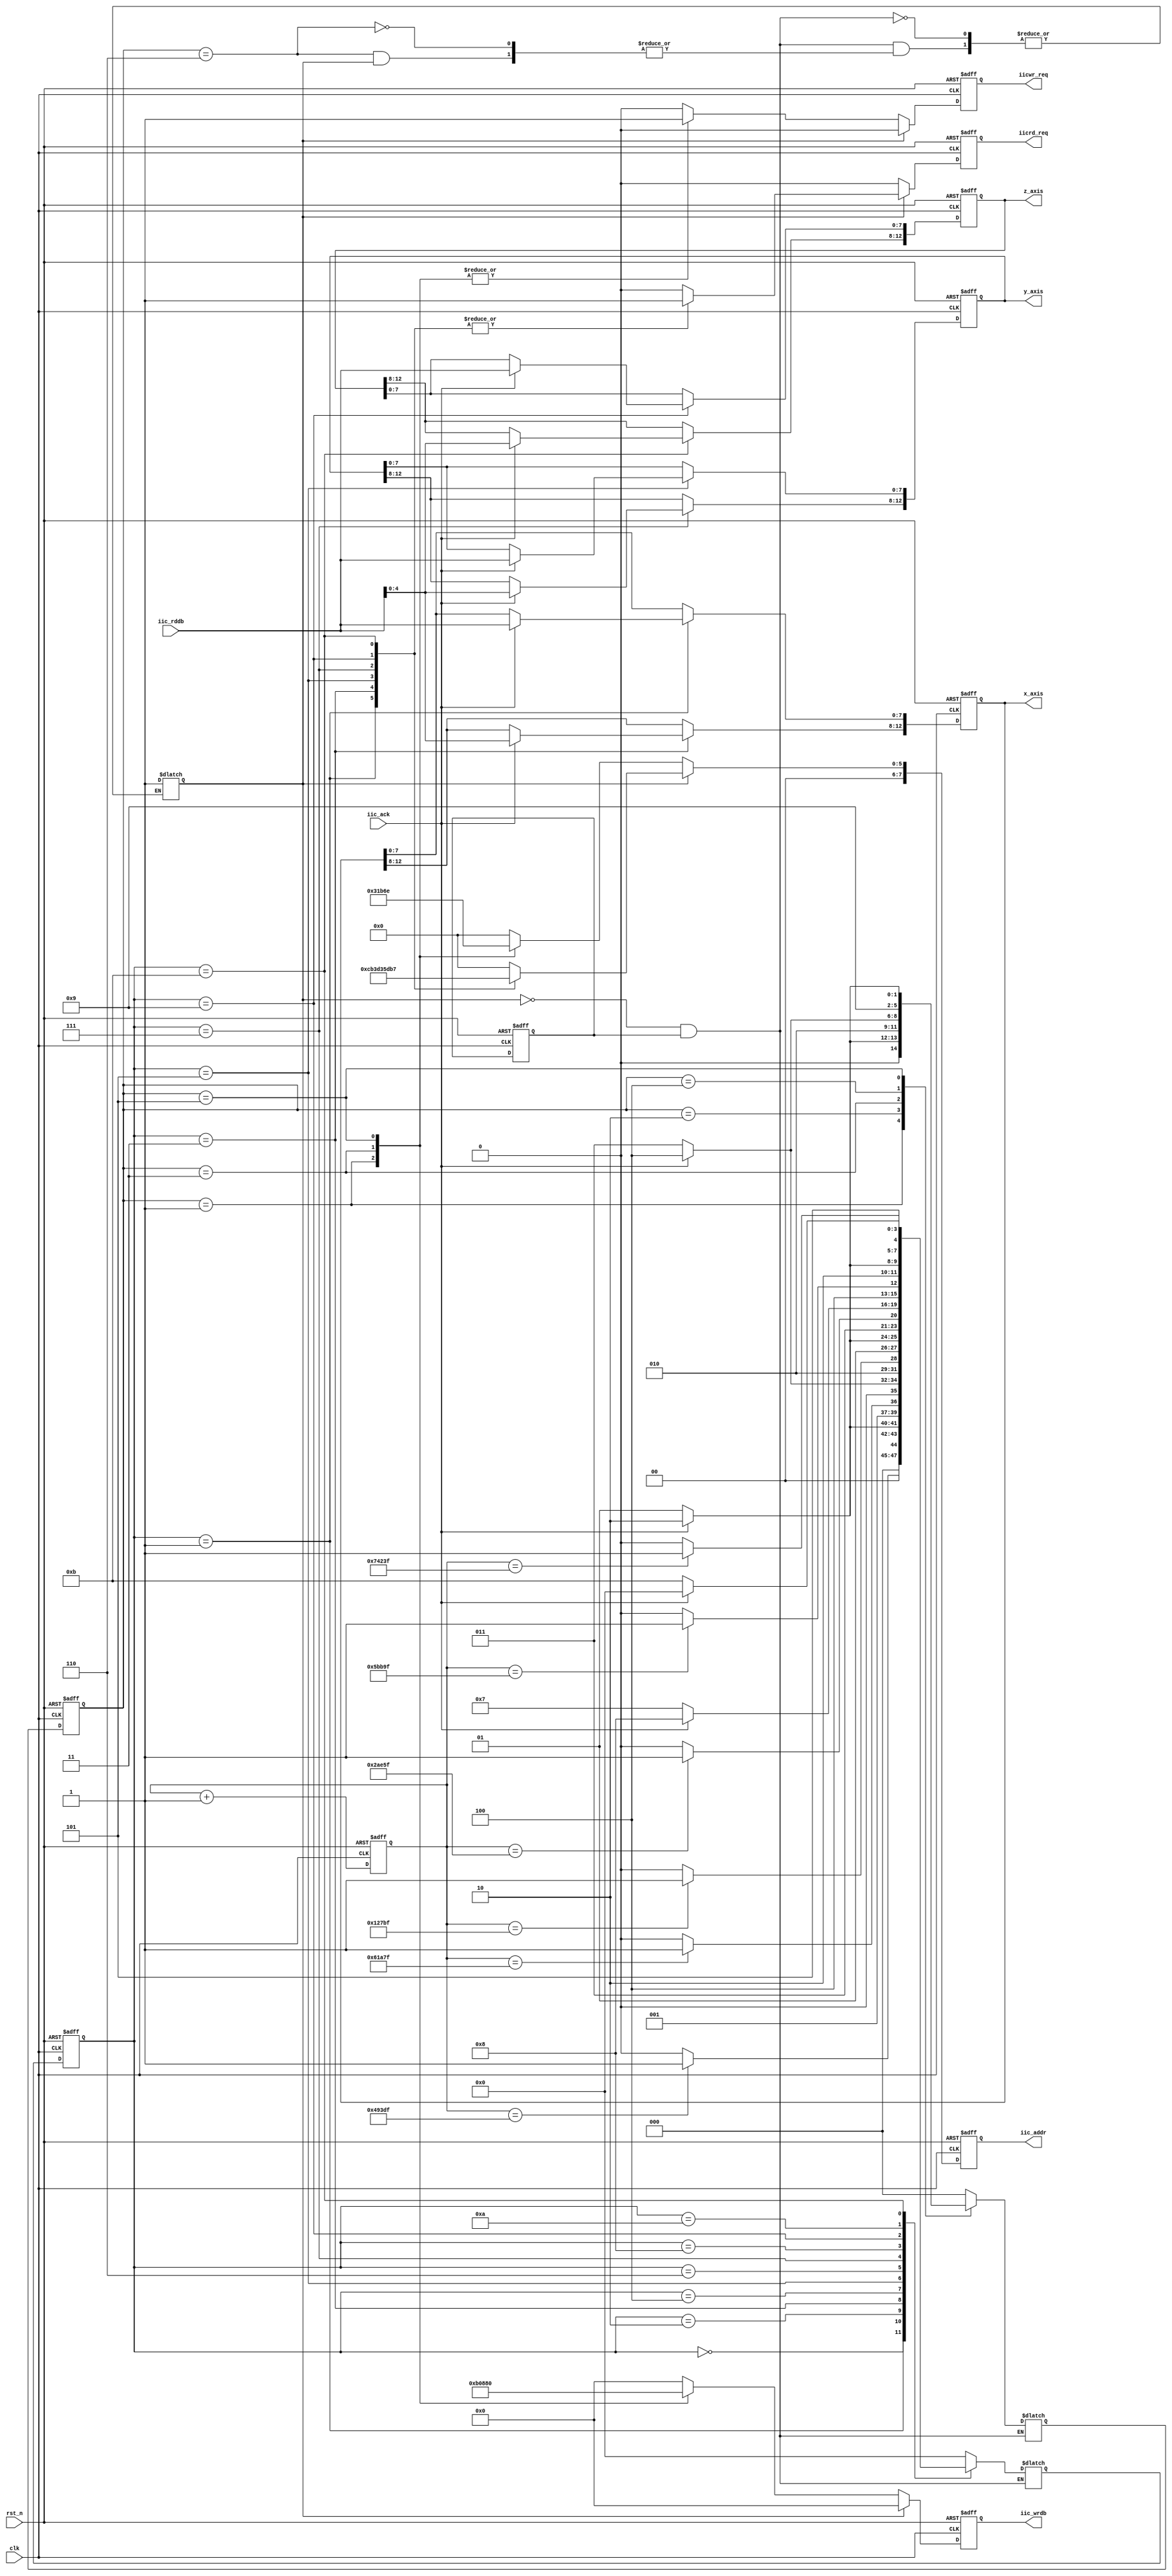
module adxl345_controller(
	input clk,//100Mhz时钟
	input rst_n,
	output reg iicwr_req,
	output reg iicrd_req,
	output reg[7:0] iic_addr,
	output reg[7:0] iic_wrdb,
	input [7:0] iic_rddb,
	input iic_ack,
	output reg[12:0] x_axis,
	output reg[12:0] y_axis,
	output reg[12:0] z_axis
    );

//初始化寄存器和配置数值
parameter DATA_FORMAT_ADDR = 8'h31,
		  DATA_FORMAT_INIT = 8'h0B,
		  POWER_CTL_ADDR = 8'h2D,
		  POWER_CTL_INIT = 8'h08,
		  INT_ENABLE_ADDR = 8'h2E,
		  INT_ENABLE_INIT = 8'h80;

//上电时间计数器1.1ms = 1100us = 1100_000ns = 110_000 * 10ns
reg[15:0] cnt_1100us;
reg load_done;
localparam TIME_1100us = 110000;
assign add_cnt_1100us = 1'b1;
assign end_cnt_1100us = add_cnt_1100us && (cnt_1100us == TIME_1100us - 1);
always @(posedge clk or negedge rst_n) begin
	if(!rst_n) begin
		cnt_1100us <= 16'd0;
		load_done <= 1'b0;
	end
	else if(add_cnt_1100us) begin
		if(end_cnt_1100us) begin
			cnt_1100us <= 16'd0;
			load_done <= 1'b1;
		end
		else begin
			cnt_1100us <= cnt_1100us + 1'b1;
		end
	end
end

reg init_done_r;
/*最小化初始序列，该信号标志初始化是否完成*/
initial begin
	init_done_r <= 1'b0;
end
parameter CIDLE = 3'b000,
		  CWR1 = 3'b001,
		  CWA1 = 3'b010,
		  CWR2 = 3'b011,
		  CWA2 = 3'b100,
		  CWR3 = 3'b101,
		  CSTOP = 3'b110;
reg [2:0] i_cstate;
reg [2:0] i_nstate;

//现态次态切换程序
always @(posedge clk or negedge rst_n) begin
	if(!rst_n) begin
		i_cstate <= CIDLE;
	end
	else begin
		i_cstate <= i_nstate;
	end
end

//每隔约10ms就取一次数据的定时器计数器
//10ms = 10_000us = 10_000_000ns = 1000_000*10ns
reg [18:0] cnt_10ms;
parameter TIME_10ms = 1000_000;
assign add_cnt_10ms = 1'b1;
assign end_cnt_10ms = add_cnt_10ms && cnt_10ms == TIME_10ms - 1;
always @(posedge clk or negedge rst_n) begin
	if(!rst_n) begin
		cnt_10ms <= 19'd0;
	end
	else if(add_cnt_10ms) begin
		if(end_cnt_10ms) begin
			cnt_10ms <= 19'd0;
		end
		else begin
			cnt_10ms <= cnt_10ms + 1'b1;
		end
	end
end

wire [5:0] timer;
//每两次间隔大于1ms
assign timer[0] = (cnt_10ms == 19'd299_999);
assign timer[1] = (cnt_10ms == 19'd399_999);
assign timer[2] = (cnt_10ms == 19'd599_999);
assign timer[3] = (cnt_10ms == 19'd699_999);
assign timer[4] = (cnt_10ms == 19'd899_999);
assign timer[5] = (cnt_10ms == 19'd999_999);

/*MSB高位的4位是符号位，截取到[12:0]即可*/
parameter X_LSB_ADDR = 8'h32,
		  X_MSB_ADDR = 8'h33,
		  Y_LSB_ADDR = 8'h34,
		  Y_MSB_ADDR = 8'h35,
		  Z_LSB_ADDR = 8'h36,
		  Z_MSB_ADDR = 8'h37;

parameter RIDLE = 4'h0,
		  //读X寄存器
		  RRDX0 = 4'h1,
		  RWAX0 = 4'h2,
		  RRDX1 = 4'h3,
		  RWAX1 = 4'h4,
		  //读Y寄存器
		  RRDY0 = 4'h5,
		  RWAY0 = 4'h6,
		  RRDY1 = 4'h7,
		  RWAY1 = 4'h8,
		  //读Z寄存器
		  RRDZ0 = 4'h9,
		  RWAZ0 = 4'hA,
		  RRDZ1 = 4'hB;
reg [3:0] cstate;
reg [3:0] nstate;

//现态次态切换程序
always @(posedge clk or negedge rst_n) begin
	if(!rst_n) begin
		cstate <= RIDLE;
	end
	else begin
		cstate <= nstate;
	end
end

//次态的状态转移程序
always @(cstate or i_cstate or iic_ack or init_done_r or load_done or end_cnt_1100us
		or timer[0] or timer[1] or timer[2] or timer[3] or timer[4] or timer[5]) begin
	//初始化配置，未初始化且上电完成
	if(~init_done_r && load_done) begin
		case(i_cstate)
			CIDLE: begin
				if(end_cnt_1100us) begin
					i_nstate <= CWR1;
				end
				else begin
					i_nstate <= CIDLE;
				end
			end
			CWR1: begin
				if(iic_ack) begin
					i_nstate <= CWA1;
				end
				else begin
					i_nstate <= CWR1;
				end
			end
			CWA1: begin
				if(end_cnt_1100us) begin
					i_nstate <= CWR2;
				end
				else begin
					i_nstate <= CWA1;
				end
			end
			CWR2: begin
				if(iic_ack) begin
					i_nstate <= CWA2;
				end
				else begin
					i_nstate <= CWR2;
				end
			end
			CWA2: begin
				if(end_cnt_1100us) begin
					i_nstate <= CWR3;
				end
				else begin
					i_nstate <= CWA2;
				end
			end
			CWR3: begin
				if(iic_ack) begin
					i_nstate <= CSTOP;
				end
				else begin
					i_nstate <= CWR3;
				end
			end
			CSTOP: begin
				if(~init_done_r) begin
					init_done_r <= 1'b1;
				end
				i_nstate <= CIDLE;
			end
			default: i_nstate <= CIDLE;
		endcase
	end
	else begin
		case(cstate)
			RIDLE: begin
				if(timer[0]) begin
					nstate <= RRDX0;
				end
				else begin
					nstate <= RIDLE;
				end
			end
			RRDX0: begin
				if(iic_ack) begin
					nstate <= RWAX0;
				end
				else begin
					nstate <= RRDX0;
				end
			end
			RWAX0: begin
				if(timer[1]) begin
					nstate <= RRDX1;
				end
				else begin
					nstate <= RWAX0;
				end
			end
			RRDX1: begin
				if(iic_ack) begin
					nstate <= RWAX1;
				end
				else begin
					nstate <= RRDX1;
				end
			end
			RWAX1: begin
				if(timer[2]) begin
					nstate <= RRDY0;
				end
				else begin
					nstate <= RWAX1;
				end
			end
			RRDY0: begin
				if(iic_ack) begin
					nstate <= RWAY0;
				end
				else begin
					nstate <= RRDY0;
				end
			end
			RWAY0: begin
				if(timer[3]) begin
					nstate <= RRDY1;
				end
				else begin
					nstate <= RWAY0;
				end
			end
			RRDY1: begin
				if(iic_ack) begin
					nstate <= RWAY1;
				end
				else begin
					nstate <= RRDY1;
				end
			end
			RWAY1: begin
				if(timer[4]) begin
					nstate <= RRDZ0;
				end
				else begin
					nstate <= RWAY1;
				end
			end
			RRDZ0: begin
				if(iic_ack) begin
					nstate <= RWAZ0;
				end
				else begin
					nstate <= RRDZ0;
				end
			end
			RWAZ0: begin
				if(timer[5]) begin
					nstate <= RRDZ1;
				end
				else begin
					nstate <= RWAZ0;
				end
			end
			RRDZ1: begin
				if(iic_ack) begin
					nstate <= RIDLE;
				end
				else begin
					nstate <= RRDZ1;
				end
			end
			default: nstate <= RIDLE;
		endcase
	end
end

always @(posedge clk or negedge rst_n) begin
	if(!rst_n) begin
		iicwr_req <= 1'b0;
		iicrd_req <= 1'b0;
		iic_addr <= 8'd0;
		iic_wrdb <= 8'd0;
	end
	//根据状态机信号初始化写入寄存器
	else if(~init_done_r) begin
		case(i_cstate)
			//写DATA_FORMAT寄存器
			CWR1: begin
				iicwr_req <= 1'b1;
				//读请求高电平有效
				iicrd_req <= 1'b0;
				//读写地址寄存器
				iic_addr <= DATA_FORMAT_ADDR;
				//要写入的数据的寄存器
				iic_wrdb <= DATA_FORMAT_INIT;
			end
			//写POWER_CTL寄存器
			CWR2: begin
				iicwr_req <= 1'b1;
				//读请求高电平有效
				iicrd_req <= 1'b0;
				//读写地址寄存器
				iic_addr <= POWER_CTL_ADDR;
				//要写入的数据的寄存器
				iic_wrdb <= POWER_CTL_INIT;
			end
			//写INT_ENALBLE寄存器
			CWR3: begin
				iicwr_req <= 1'b1;
				//读请求高电平有效
				iicrd_req <= 1'b0;
				//读写地址寄存器
				iic_addr <= INT_ENABLE_ADDR;
				//要写入的数据的寄存器
				iic_wrdb <= INT_ENABLE_INIT;
			end
			default: begin
				iicwr_req <= 1'b0;
				iicrd_req <= 1'b0;
				iic_addr <= 8'd0;
				iic_wrdb <= 8'd0;
			end
		endcase
	end
	else begin
		case(cstate)
			//读X0寄存器
			RRDX0: begin
				iicwr_req <= 1'b0;
				//读请求高电平有效
				iicrd_req <= 1'b1;
				//读写地址寄存器
				iic_addr <= X_LSB_ADDR;
				//要写入的数据的寄存器
				iic_wrdb <= 8'd0;
			end
			//读X1寄存器
			RRDX1: begin
				iicwr_req <= 1'b0;
				//读请求高电平有效
				iicrd_req <= 1'b1;
				//读写地址寄存器
				iic_addr <= X_MSB_ADDR;
				//要写入的数据的寄存器
				iic_wrdb <= 8'd0;
			end
			//读Y0寄存器
			RRDY0: begin
				iicwr_req <= 1'b0;
				//读请求高电平有效
				iicrd_req <= 1'b1;
				//读写地址寄存器
				iic_addr <= Y_LSB_ADDR;
				//要写入的数据的寄存器
				iic_wrdb <= 8'd0;
			end
			//读Y1寄存器
			RRDY1: begin
				iicwr_req <= 1'b0;
				//读请求高电平有效
				iicrd_req <= 1'b1;
				//读写地址寄存器
				iic_addr <= Y_MSB_ADDR;
				//要写入的数据的寄存器
				iic_wrdb <= 8'd0;
			end
			//读Z0寄存器
			RRDZ0: begin
				iicwr_req <= 1'b0;
				//读请求高电平有效
				iicrd_req <= 1'b1;
				//读写地址寄存器
				iic_addr <= Z_LSB_ADDR;
				//要写入的数据的寄存器
				iic_wrdb <= 8'd0;
			end
			//读Z1寄存器
			RRDZ1: begin
				iicwr_req <= 1'b0;
				//读请求高电平有效
				iicrd_req <= 1'b1;
				//读写地址寄存器
				iic_addr <= Z_MSB_ADDR;
				//要写入的数据的寄存器
				iic_wrdb <= 8'd0;
			end
			default: begin
				iicwr_req <= 1'b0;
				iicrd_req <= 1'b0;
				iic_addr <= 8'd0;
				iic_wrdb <= 8'd0;
			end
		endcase
	end
end

always @(posedge clk or negedge rst_n) begin
	if(!rst_n) begin
		x_axis <= 13'd0;
		y_axis <= 13'd0;
		z_axis <= 13'd0;
	end
	else begin
		case(cstate)
			RRDX0: if(iic_ack) begin
				x_axis[7:0] <= iic_rddb;
			end
			RRDX1: if(iic_ack) begin
				x_axis[12:8] <= iic_rddb[4:0];
			end
			RRDY0: if(iic_ack) begin
				y_axis[7:0] <= iic_rddb;
			end
			RRDY1: if(iic_ack) begin
				y_axis[12:8] <= iic_rddb[4:0];
			end
			RRDZ0: if(iic_ack) begin
				z_axis[7:0] <= iic_rddb;
			end
			RRDZ1: if(iic_ack) begin
				z_axis[12:8] <= iic_rddb[4:0];
			end
			default: ;
		endcase
	end
end

endmodule